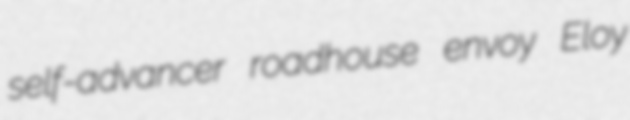
self-advancer roadhouse envoy Eloy